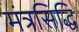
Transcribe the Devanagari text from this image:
मंत्रसिद्धि